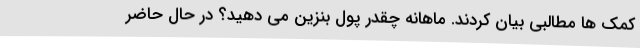
کمک ها مطالبی بیان کردند. ماهانه چقدر پول بنزین می دهید؟ در حال حاضر